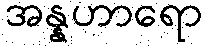
အန္နဟာရော